Civil Veterinary Dept. Assam report 1911-1927 - 1911-1927
Year: 1911
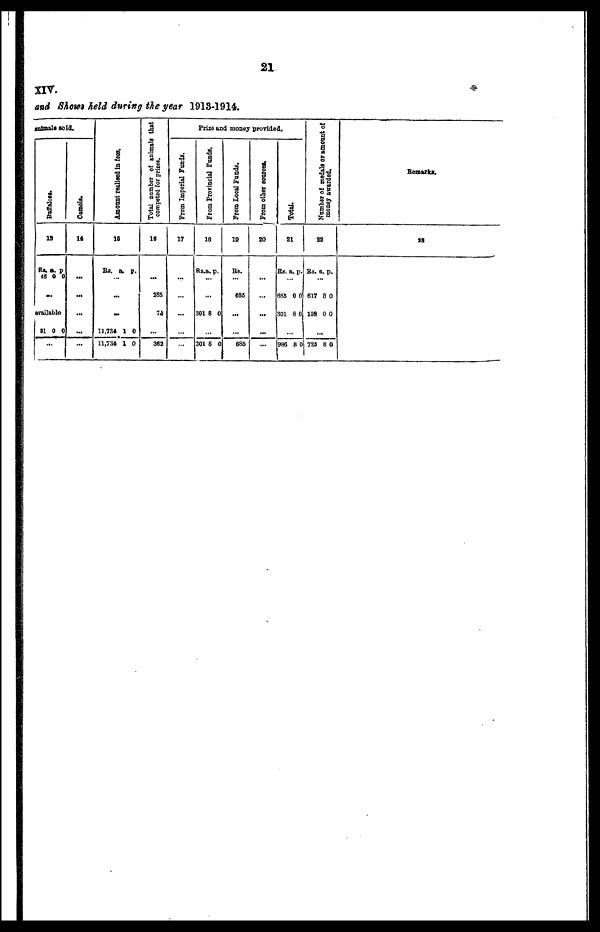
21
XIV.
and Shows held during the year 1913-1914.
animals sold.
Buffaloes.
13
Rs. a. p
46 0 0
...
available
31 0 0
...
Camels.
14
...
...
...
...
...
Amo u n t r eal i s ed in fees.
16
Rs. a. p.
...
...
11,784 1 0
11,734 1 0
Total number of animals that
competed for prises.
16
...
388
73
362
Prize and money provided.
From Imperial Funds.
17
...
...
...
...
From Provincial Funds,
18
Rs.a. p.
...
301 8 0
...
301 8 0
From Local Funds.
19
Rs.
635
...
685
From other sources.
20
...
...
...
...
T
otal.
2
1
Rs. a. p .
685
301
0
8
0
0
986 8 0
N
umber of medals or amount of
mone y awarded.
22
Rs. a. p.
617
108
8
0
0
0
.
..
723 8 0
Remarks.
23